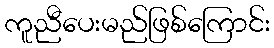
ကူညီပေးမည်ဖြစ်ကြောင်း